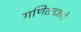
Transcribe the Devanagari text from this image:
गणिततज्ञाने